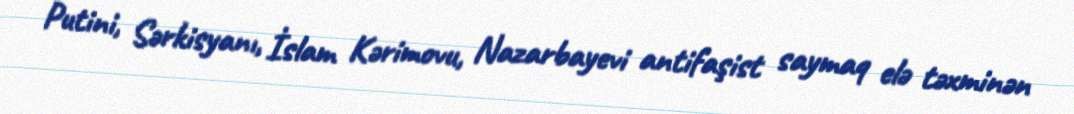
Putini, Sərkisyanı, İslam Kərimovu, Nazarbayevi antifaşist saymaq elə təxminən